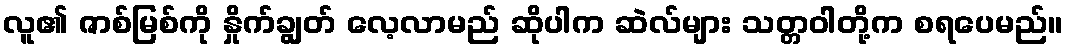
လူ၏ ဇာစ်မြစ်ကို နှိုက်ချွတ် လေ့လာမည် ဆိုပါက ဆဲလ်များ သတ္တဝါတို့က စရပေမည်။